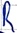
Text: R